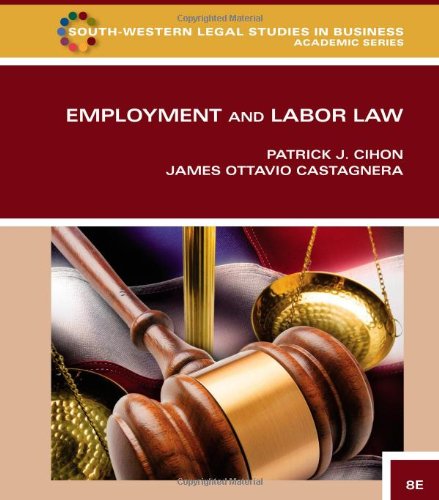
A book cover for Employment and Labor Law (South-Western Legal Studies in Business Academic); Patrick J. Cihon; Law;